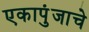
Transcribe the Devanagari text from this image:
एकापुंजाचे